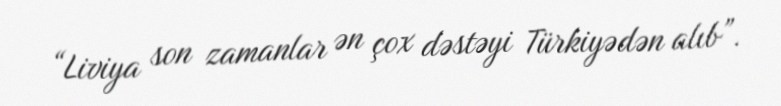
“Liviya son zamanlar ən çox dəstəyi Türkiyədən alıb”.